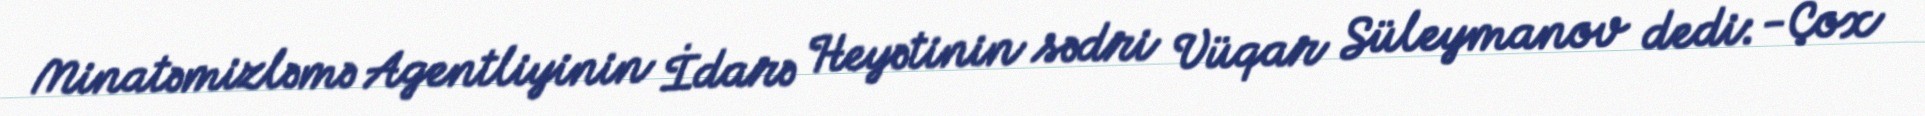
Minatəmizləmə Agentliyinin İdarə Heyətinin sədri Vüqar Süleymanov dedi: -Çox